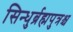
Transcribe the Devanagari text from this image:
सिन्धुर्ब्रह्मपुत्रश्च